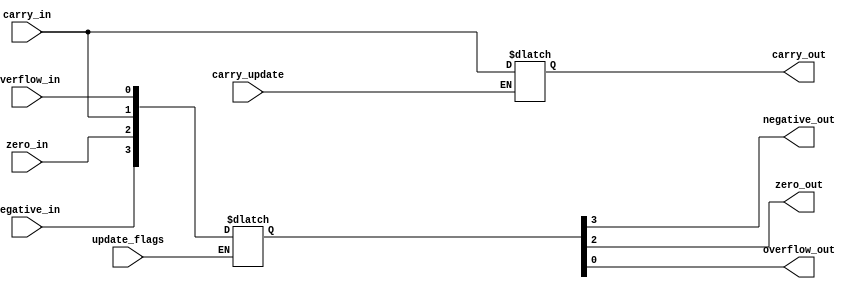
module flag_register(carry_update,update_flags,negative_in,zero_in,carry_in,overflow_in,negative_out,zero_out,carry_out,overflow_out);
  
  input carry_update,update_flags,negative_in,zero_in,carry_in,overflow_in;
  output negative_out,zero_out,carry_out,overflow_out;
  
  reg [31:0] flag_reg;
  
  wire carry_update,update_flags,negative_in,zero_in,carry_in,overflow_in;
  wire negative_out,zero_out,carry_out,overflow_out;
  
  assign negative_out=flag_reg[31];
  assign zero_out=flag_reg[30];
  assign carry_out=flag_reg[29];
  assign overflow_out=flag_reg[28];
  
  initial
  begin
    flag_reg[31:28]=4'b0000;
  end
  
  always@(update_flags)
  begin
    if(update_flags)
      begin
      flag_reg[31]=negative_in;
      flag_reg[30]=zero_in;
      flag_reg[29]=carry_in;
      flag_reg[28]=overflow_in;
      end
  end
  
  always@(carry_update)
  begin
    if(carry_update)
      flag_reg[29]=carry_in;
  end
  
endmodule